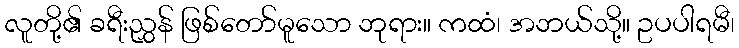
လူတို့၏ ခရီးညွှန် ဖြစ်တော်မူသော ဘုရား။ ကထံ၊ အဘယ်သို့။ ဥပပါရမီ၊